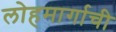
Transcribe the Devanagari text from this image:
लोहमार्गाची